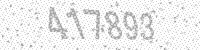
Solution: 417893